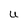
Character: U